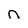
Character: n